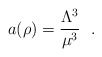
\begin{align*}a(\rho) = \frac{\Lambda^3}{\mu^3}~~. \end{align*}